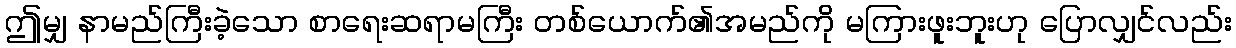
ဤမျှ နာမည်ကြီးခဲ့သော စာရေးဆရာမကြီး တစ်ယောက်၏အမည်ကို မကြားဖူးဘူးဟု ပြောလျှင်လည်း